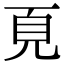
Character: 𩑋